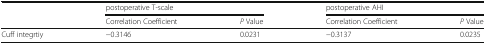
|  | <COLSPAN=2> postoperative T-scale | <COLSPAN=2> postoperative AHI |
 |  | Correlation Coefficient | P Value | Correlation Coefficient | P Value |
 | --- | --- | --- | --- | --- |
 | Cuff integrtiy | −0.3146 | 0.0231 | −0.3137 | 0.0235 |